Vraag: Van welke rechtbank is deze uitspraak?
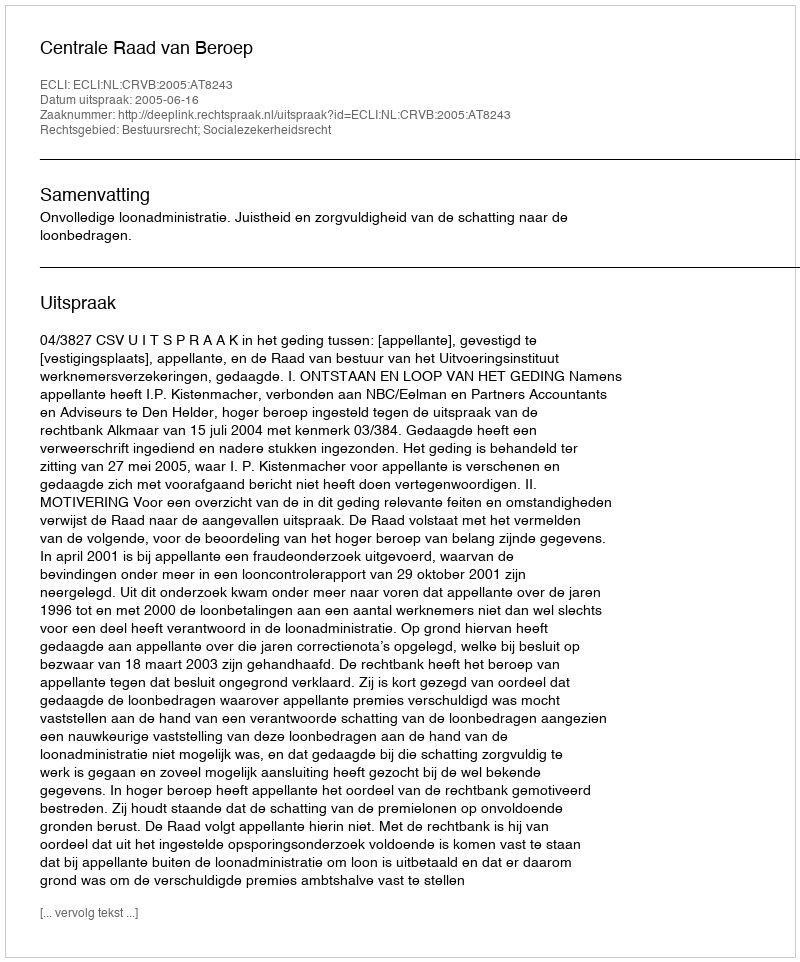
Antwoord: Centrale Raad van Beroep